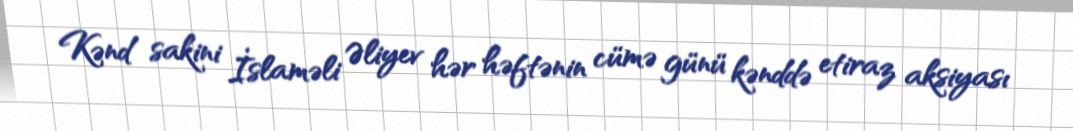
Kənd sakini İslaməli Əliyev hər həftənin cümə günü kənddə etiraz aksiyası